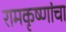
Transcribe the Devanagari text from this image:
रामकृष्णांचा